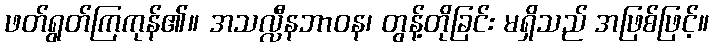
ဖတ်ရွတ်ကြကုန်၏။ အသလ္လီနဘာဝန၊ တွန့်တိုခြင်း မရှိသည် အဖြစ်ဖြင့်။